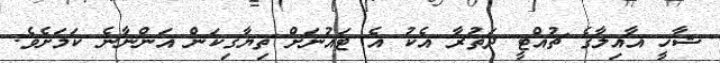
ޝާހީ އާއިލާގެ ޗުއްޓީ ދަތުރާ އެކު އެ ޓައުނަށް ތިޔާގިކަން އަންނާނެ ކަމަށެވެ.